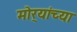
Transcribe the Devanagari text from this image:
मोर्‍यांच्या